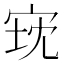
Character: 𫳈